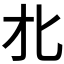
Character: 𰅡